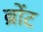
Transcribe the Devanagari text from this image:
ब्रोंट